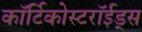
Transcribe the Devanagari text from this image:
कॉर्टिकोस्टरॉईड्स